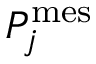
P _ { j } ^ { \mathrm { m e s } }